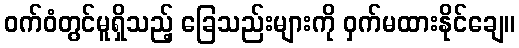
ဝက်ဝံတွင်မူရှိသည့် ခြေသည်းများကို ဝှက်မထားနိုင်ချေ။